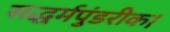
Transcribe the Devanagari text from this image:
सद्धर्मपुंडरीक।